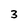
Character: 3